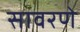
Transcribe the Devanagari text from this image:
सावरणे